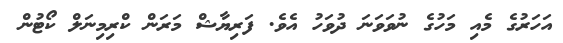
އަހަރުގެ މެއި މަހުގެ ނުވަވަނަ ދުވަހު އެވެ. ފަރިޔާޝް މަރަން ކްރިމިނަލް ކޯޓުން